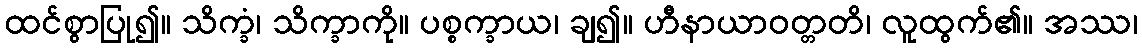
ထင်စွာပြု၍။ သိက္ခံ၊ သိက္ခာကို။ ပစ္စက္ခာယ၊ ချ၍။ ဟီနာယာဝတ္တတိ၊ လူထွက်၏။ အဿ၊